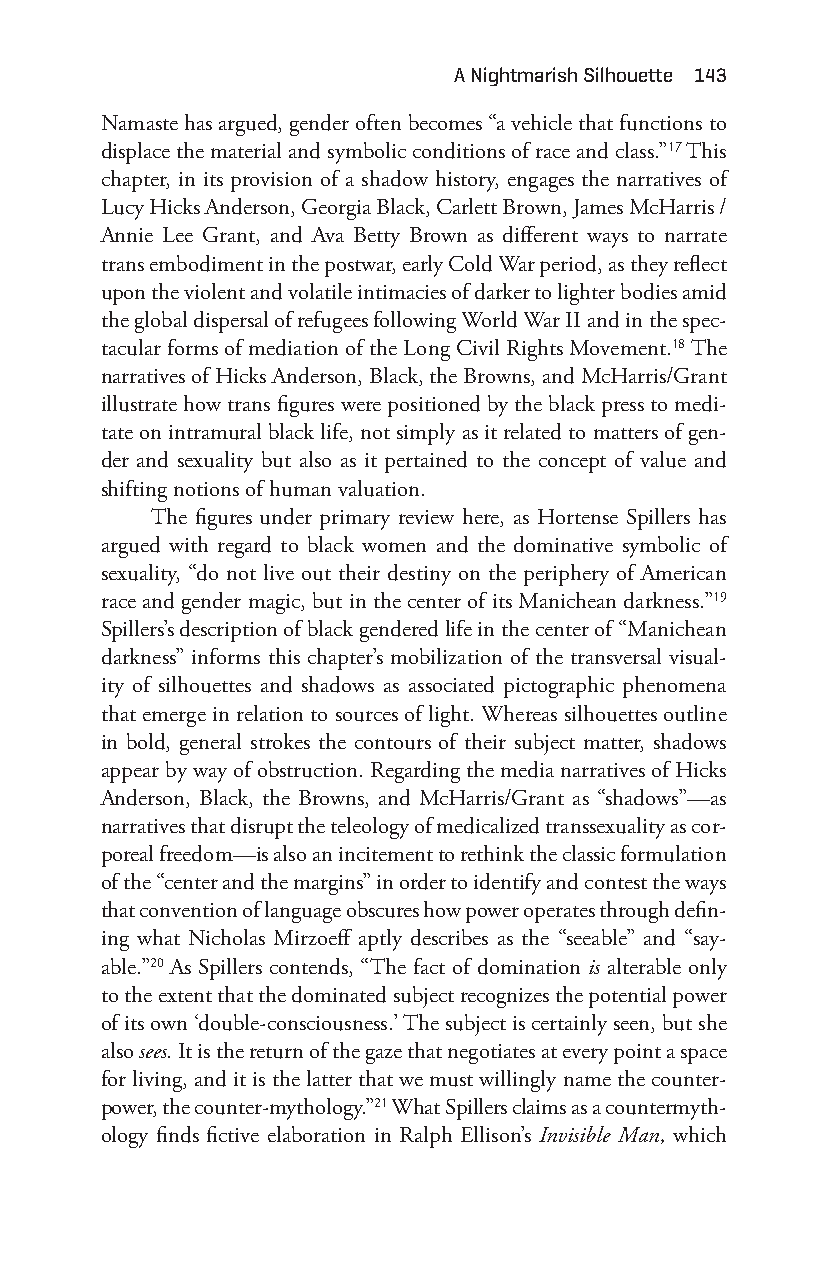
a nightmarish Silhouette 143
 Namaste has argued, gender often becomes “a vehicle that functions to
 displace the material and symbolic conditions of race and class.”17 This
 chapter, in its provision of a shadow history, engages the narratives of
 Lucy Hicks Anderson, Georgia Black, Carlett Brown, James McHarris /
 Annie Lee Grant, and Ava Betty Brown as different ways to narrate
 trans embodiment in the postwar, early Cold War period, as they reflect
 upon the violent and volatile intimacies of darker to lighter bodies amid
 the global dispersal of refugees following World War II and in the spec-
 tacular forms of mediation of the Long Civil Rights Movement.18 The
 narratives of Hicks Anderson, Black, the Browns, and McHarris/Grant
 illustrate how trans figures were positioned by the black press to medi-
 tate on intramural black life, not simply as it related to matters of gen-
 der and sexuality but also as it pertained to the concept of value and
 shifting notions of human valuation.
 The figures under primary review here, as Hortense Spillers has
 argued with regard to black women and the dominative symbolic of
 sexuality, “do not live out their destiny on the periphery of American
 race and gender magic, but in the center of its Manichean darkness.”19
 Spillers’s description of black gendered life in the center of “Manichean
 darkness” informs this chapter’s mobilization of the transversal visual-
 ity of silhouettes and shadows as associated pictographic phenomena
 that emerge in relation to sources of light. Whereas silhouettes outline
 in bold, general strokes the contours of their subject matter, shadows
 appear by way of obstruction. Regarding the media narratives of Hicks
 Anderson, Black, the Browns, and McHarris/Grant as “shadows”— as
 narratives that disrupt the teleology of medicalized transsexuality as cor-
 poreal freedom— is also an incitement to rethink the classic formulation
 of the “center and the margins” in order to identify and contest the ways
 that convention of language obscures how power operates through defin-
 ing what Nicholas Mirzoeff aptly describes as the “seeable” and “say-
 able.”20 As Spillers contends, “The fact of domination is alterable only
 to the extent that the dominated subject recognizes the potential power
 of its own ‘double- consciousness.’ The subject is certainly seen, but she
 also sees. It is the return of the gaze that negotiates at every point a space
 for living, and it is the latter that we must willingly name the counter-
 power, the counter- mythology.”21 What Spillers claims as a countermyth-
 ology finds fictive elaboration in Ralph Ellison’s Invisible Man, which
 Snorton.indd 143                            29/09/2017 8:41:06 AM